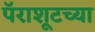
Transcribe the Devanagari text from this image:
पॅराशूटच्या